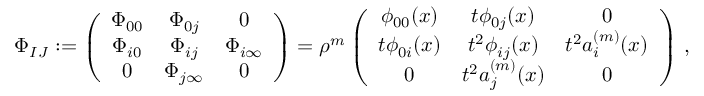
\Phi _ { I J } : = \left( \begin{array} { c c c } { \Phi _ { 0 0 } } & { \Phi _ { 0 j } } & { 0 } \\ { \Phi _ { i 0 } } & { \Phi _ { i j } } & { \Phi _ { i \infty } } \\ { 0 } & { \Phi _ { j \infty } } & { 0 } \end{array} \right) = \rho ^ { m } \left( \begin{array} { c c c } { \phi _ { 0 0 } ( x ) } & { t \phi _ { 0 j } ( x ) } & { 0 } \\ { t \phi _ { 0 i } ( x ) } & { t ^ { 2 } \phi _ { i j } ( x ) } & { t ^ { 2 } a _ { i } ^ { ( m ) } ( x ) } \\ { 0 } & { t ^ { 2 } a _ { j } ^ { ( m ) } ( x ) } & { 0 } \end{array} \right) \, ,